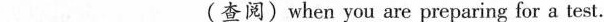
___ (查阅) when you are preparing for a test.